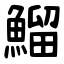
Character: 鰡